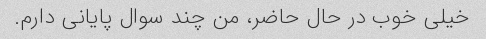
خیلی خوب در حال حاضر، من چند سوال پایانی دارم.